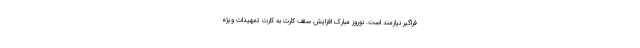
فراگیر نیازمند است. نوروز مبارک افزایش سقف کارت به کارت تمهیدات ویژه